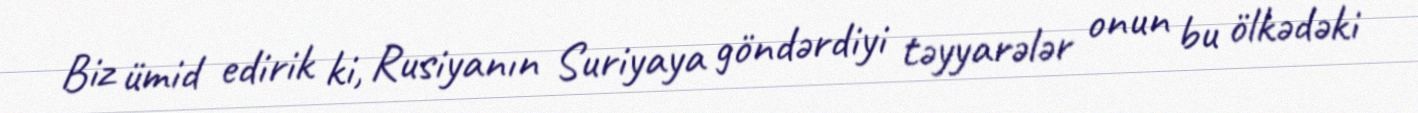
Biz ümid edirik ki, Rusiyanın Suriyaya göndərdiyi təyyarələr onun bu ölkədəki